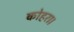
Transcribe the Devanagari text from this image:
कोहरा।